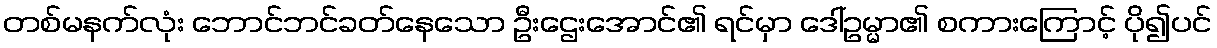
တစ်မနက်လုံး ဘောင်ဘင်ခတ်နေသော ဦးဌေးအောင်၏ ရင်မှာ ဒေါ်ဥမ္မာ၏ စကားကြောင့် ပို၍ပင်